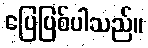
ပြေပြစ်ပါသည်။